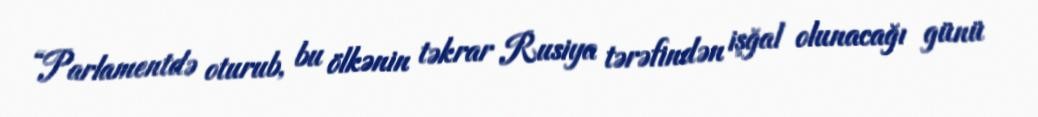
“Parlamentdə oturub, bu ölkənin təkrar Rusiya tərəfindən işğal olunacağı günü